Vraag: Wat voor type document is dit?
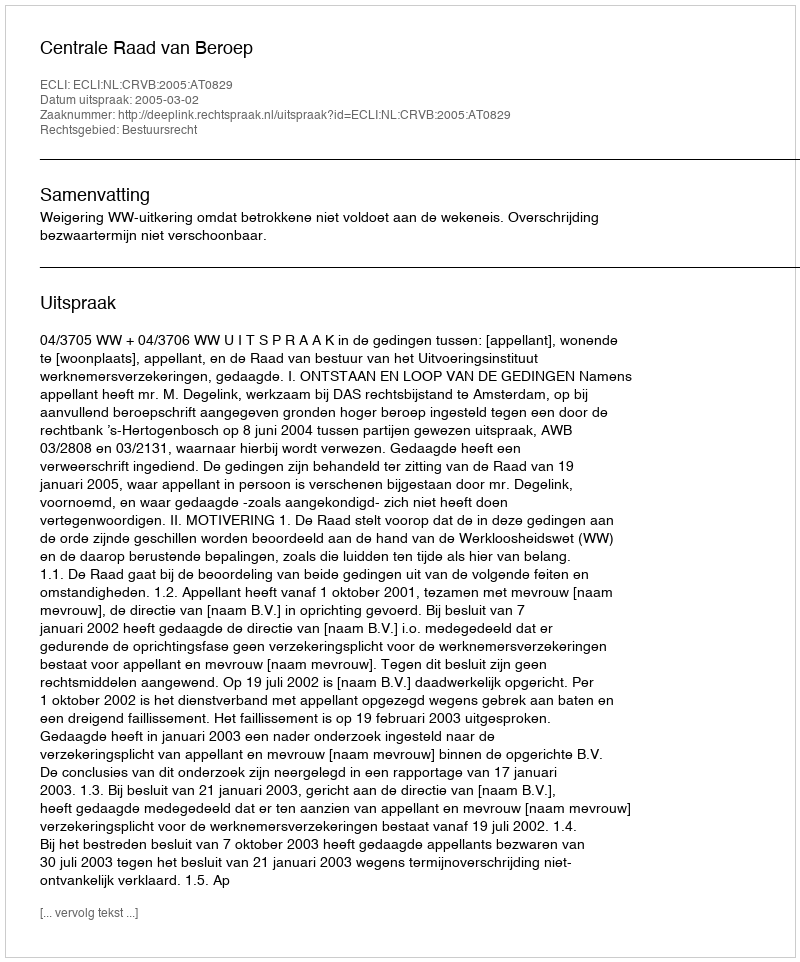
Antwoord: Uitspraak